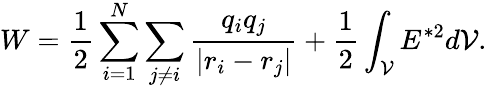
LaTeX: W=\frac{1}{2}\sum_{i=1}^{N}\sum_{j\neq i}\frac{q_{i}q_{j}}{\vert r_{i}-r_{j}\vert}+\frac{1}{2}\int_{\cal V}E^{{\ast}2}d{\cal V}.